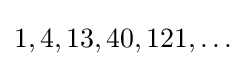
1,4,13,40,121,\ldots